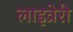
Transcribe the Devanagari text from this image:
लाइव्रेरी